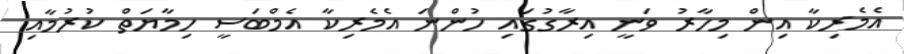
އެމެރިކާ އިން މިހާރު ވަނީ އިރާގުގައި ހުންނަ އެމެރިކާ އެމްބަސީ ހިމާޔަތް ކުރުމާއި